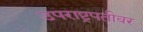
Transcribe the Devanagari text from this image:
उपराष्ट्रपतीवर